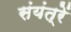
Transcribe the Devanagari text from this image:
संयंत्रें